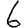
Digit: 6